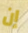
إن